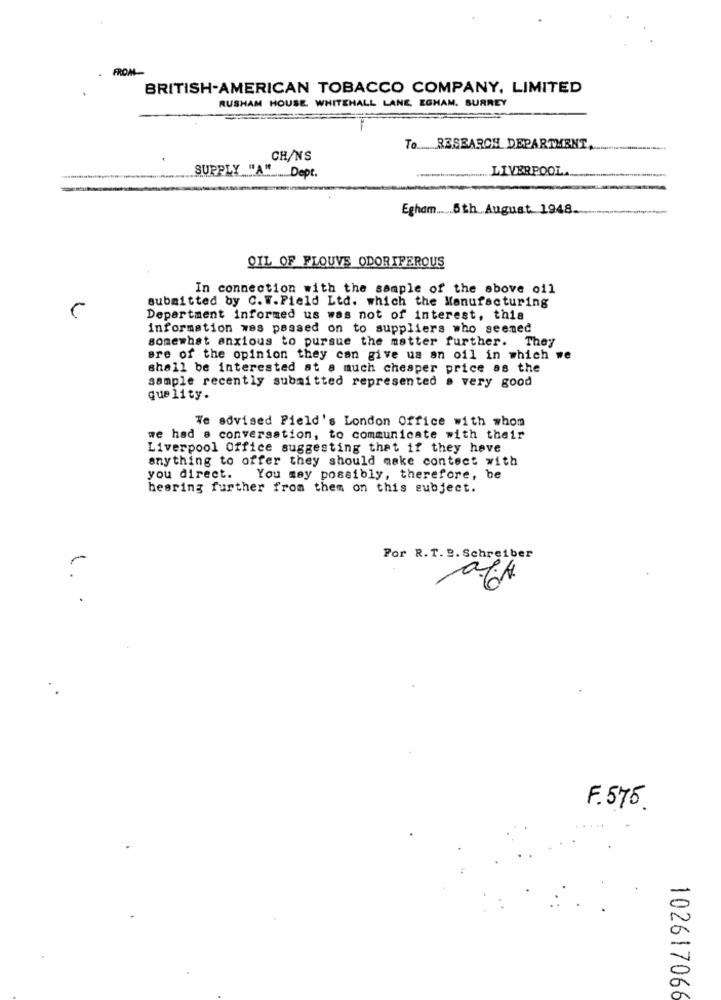
FROM-
BRITISH-AMERICAN TOBACCO COMPANY, LIMITED
RUSHAM HOUSE. WHITEHALL LANE, EGHAM. SURREY
To ___ RESEARCH DEPARTMENT,
CH/NS
LIVERPOOL.
SUPPLY "A" Dept.
Egham ..... 6th August 1948.
OIL OF FLOUVS ODORIFEROUS
In connection with the sample of the above oil
submitted by C. W. Field Ltd. which the Manufacturing
Depertment informed us was not of interest, this
information was passed on to suppliers who seemed
somewhat anxious to pursue the matter further. They
are of the opinion they can give us an oil in which we
shall be interested at s much cheaper price as the
sample recently submitted represented a very good
que lity.
We advised Field's London Office with whom
we had a conversation, to communicate with their
Liverpool Office suggesting that if they have
anything to offer they should make contact with
you direct. You may possibly, therefore, be
hearing further from them on this subject.
Por R. T. 2. Schreiber
F. 575.
102617066